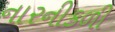
નારનીકળી